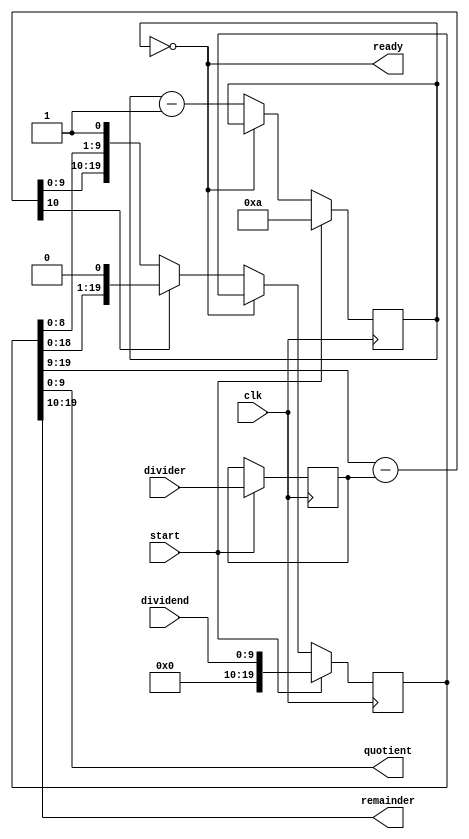
/*
 * 10-bit, 10-cycle integer divider, non pipelined
 * Copyright (C) 2008 Sebastien Bourdeauducq - http://lekernel.net
 * This file is part of Milkymist.
 *
 * Milkymist is free software; you can redistribute it and/or modify it
 * under the terms of the GNU Library General Public License as published
 * by the Free Software Foundation; either version 2, or (at your option)
 * any later version.
 *
 * This program is distributed in the hope that it will be useful,
 * but WITHOUT ANY WARRANTY; without even the implied warranty of
 * MERCHANTABILITY or FITNESS FOR A PARTICULAR PURPOSE.  See the GNU
 * Library General Public License for more details.
 *
 * You should have received a copy of the GNU Library General Public
 * License along with this program; if not, write to the Free Software
 * Foundation, Inc., 51 Franklin Street, Fifth Floor, Boston, MA 02110-1301,
 * USA.
 */

module divider10(
	input clk,

	input start,
	input [9:0] dividend,
	input [9:0] divider,
	
	output ready,
	output [9:0] quotient,
	output [9:0] remainder
);

reg [19:0] qr;
reg [10:0] diff;

assign remainder = qr[19:10];
assign quotient = qr[9:0];

reg [3:0] counter;
assign ready = (counter == 0);

reg [9:0] divider_r;

always @(posedge clk) begin
		if(start) begin
			counter = 10;
			qr = {10'd0, dividend};
			divider_r = divider;
		end else begin
			if(~ready) begin
				diff = qr[19:9] - {1'b0, divider_r};
				
				if(diff[10])
					qr = {qr[18:0], 1'b0};
				else
					qr = {diff[9:0], qr[8:0], 1'b1};
				counter = counter - 1;
			end
		end
end

endmodule